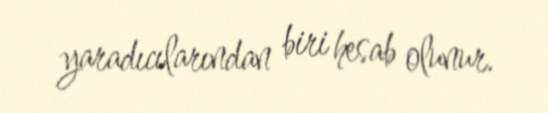
yaradıcılarından biri hesab olunur.